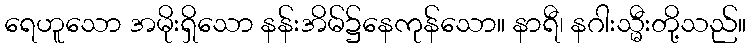
ရေဟူသော အမိုးရှိသော နန်းအိမ်၌နေကုန်သော။ နာရီ၊ နဂါးသ္မီးတို့သည်။